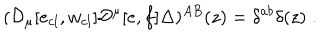
LaTeX: ( { \cal D } _ { \mu } [ e _ { c l } , w _ { c l } ] { \cal D } ^ { \mu } [ e , f ] \Delta ) ^ { A B } ( z ) = \delta ^ { a b } \delta ( z ) \; .